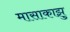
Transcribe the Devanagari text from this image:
मासाकाझु